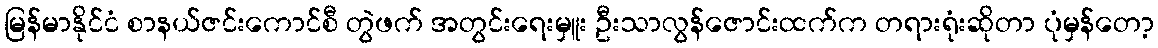
မြန်မာနိုင်ငံ စာနယ်ဇင်းကောင်စီ တွဲဖက် အတွင်းရေးမှူး ဦးသာလွန်ဇောင်းထက်က တရားရုံးဆိုတာ ပုံမှန်တော့